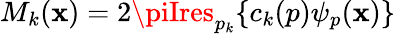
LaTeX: M_{k}(\mathbf{x})=2\piIres_{p_{k}}\{ c_{k}(p)\psi_{p}(\mathbf{x})\}